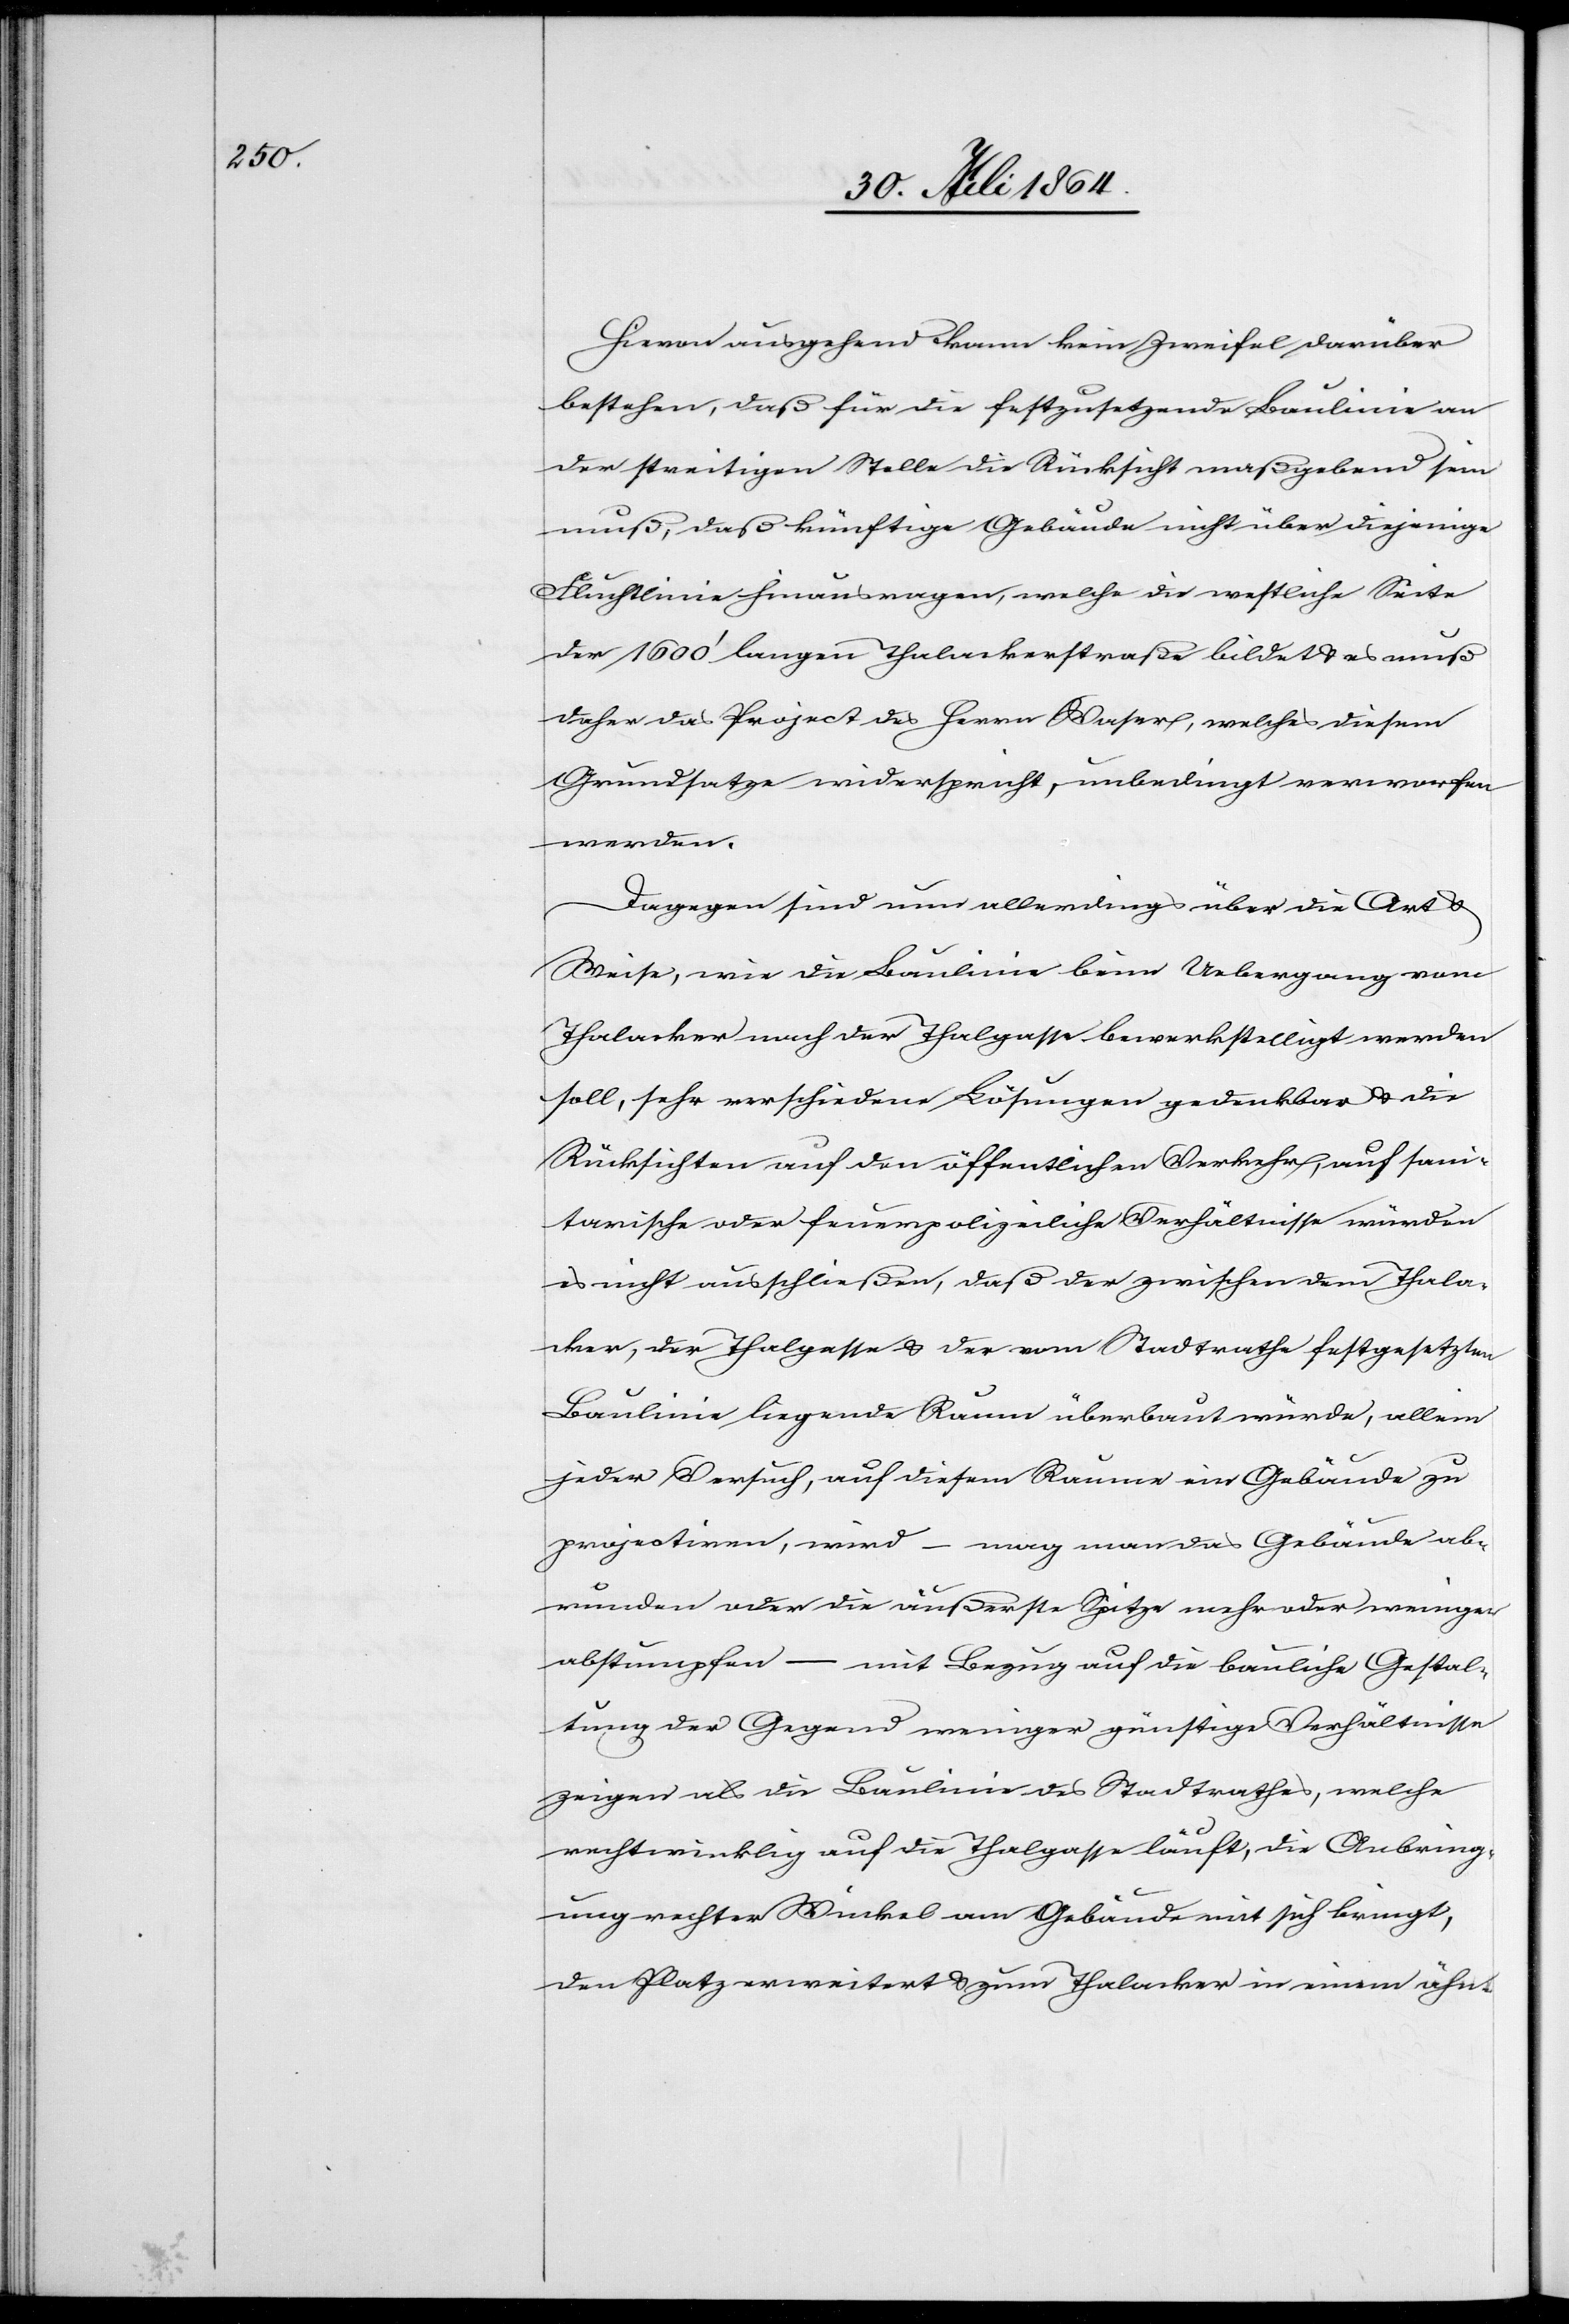
Hievon ausgehend kann kein Zweifel darüber
bestehen, daß für die festzusetzende Baulinie an
der streitigen Stelle die Rücksicht maßgebend sein
muß, daß künftige Gebäude nicht über diejenige
Fluchtlinie hinausragen, welche die westliche Seite
der 1600’ langen Thalackerstraße bildet & es muß
daher das Project des Herrn Waser, welches diesem
Grundsatze widerspricht, unbedingt verworfen
werden.
Dagegen sind nun allerdings über die Art &
Weise, wie die Baulinie beim Uebergang vom
Thalacker nach der Thalgasse bewerkstelligt werden
soll, sehr verschiedene Lösungen gedenkbar & die
Rücksichten auf den öffentlichen Verkehr, auf sani¬
tarische oder feuerpolizeiliche Verhältnisse würden
es nicht ausschließen, daß der zwischen dem Thala¬
cker, der Thalgasse & der vom Stadtrathe festgesetzten
Baulinie liegende Raum überbaut würde, allein
jeder Versuch, auf diesem Raume ein Gebäude zu
Gestaltung der Gegend weniger günstige Verhältnisse
zeigen als die Baulinie des Stadtrathes, welche
rechtwinklig auf die Thalgasse läuft, die Anbring¬
ung rechter Winkel am Gebäude mit sich bringt,
den Platz erweitert & zum Thalacker in einem ähn-